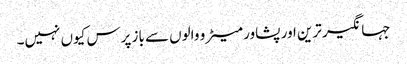
جہانگیر ترین اور پشاور میٹرو والوں سے باز پرس کیوں نہیں۔